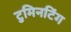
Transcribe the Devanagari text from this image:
टुमिनटिंग